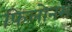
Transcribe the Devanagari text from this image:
फिलोनस